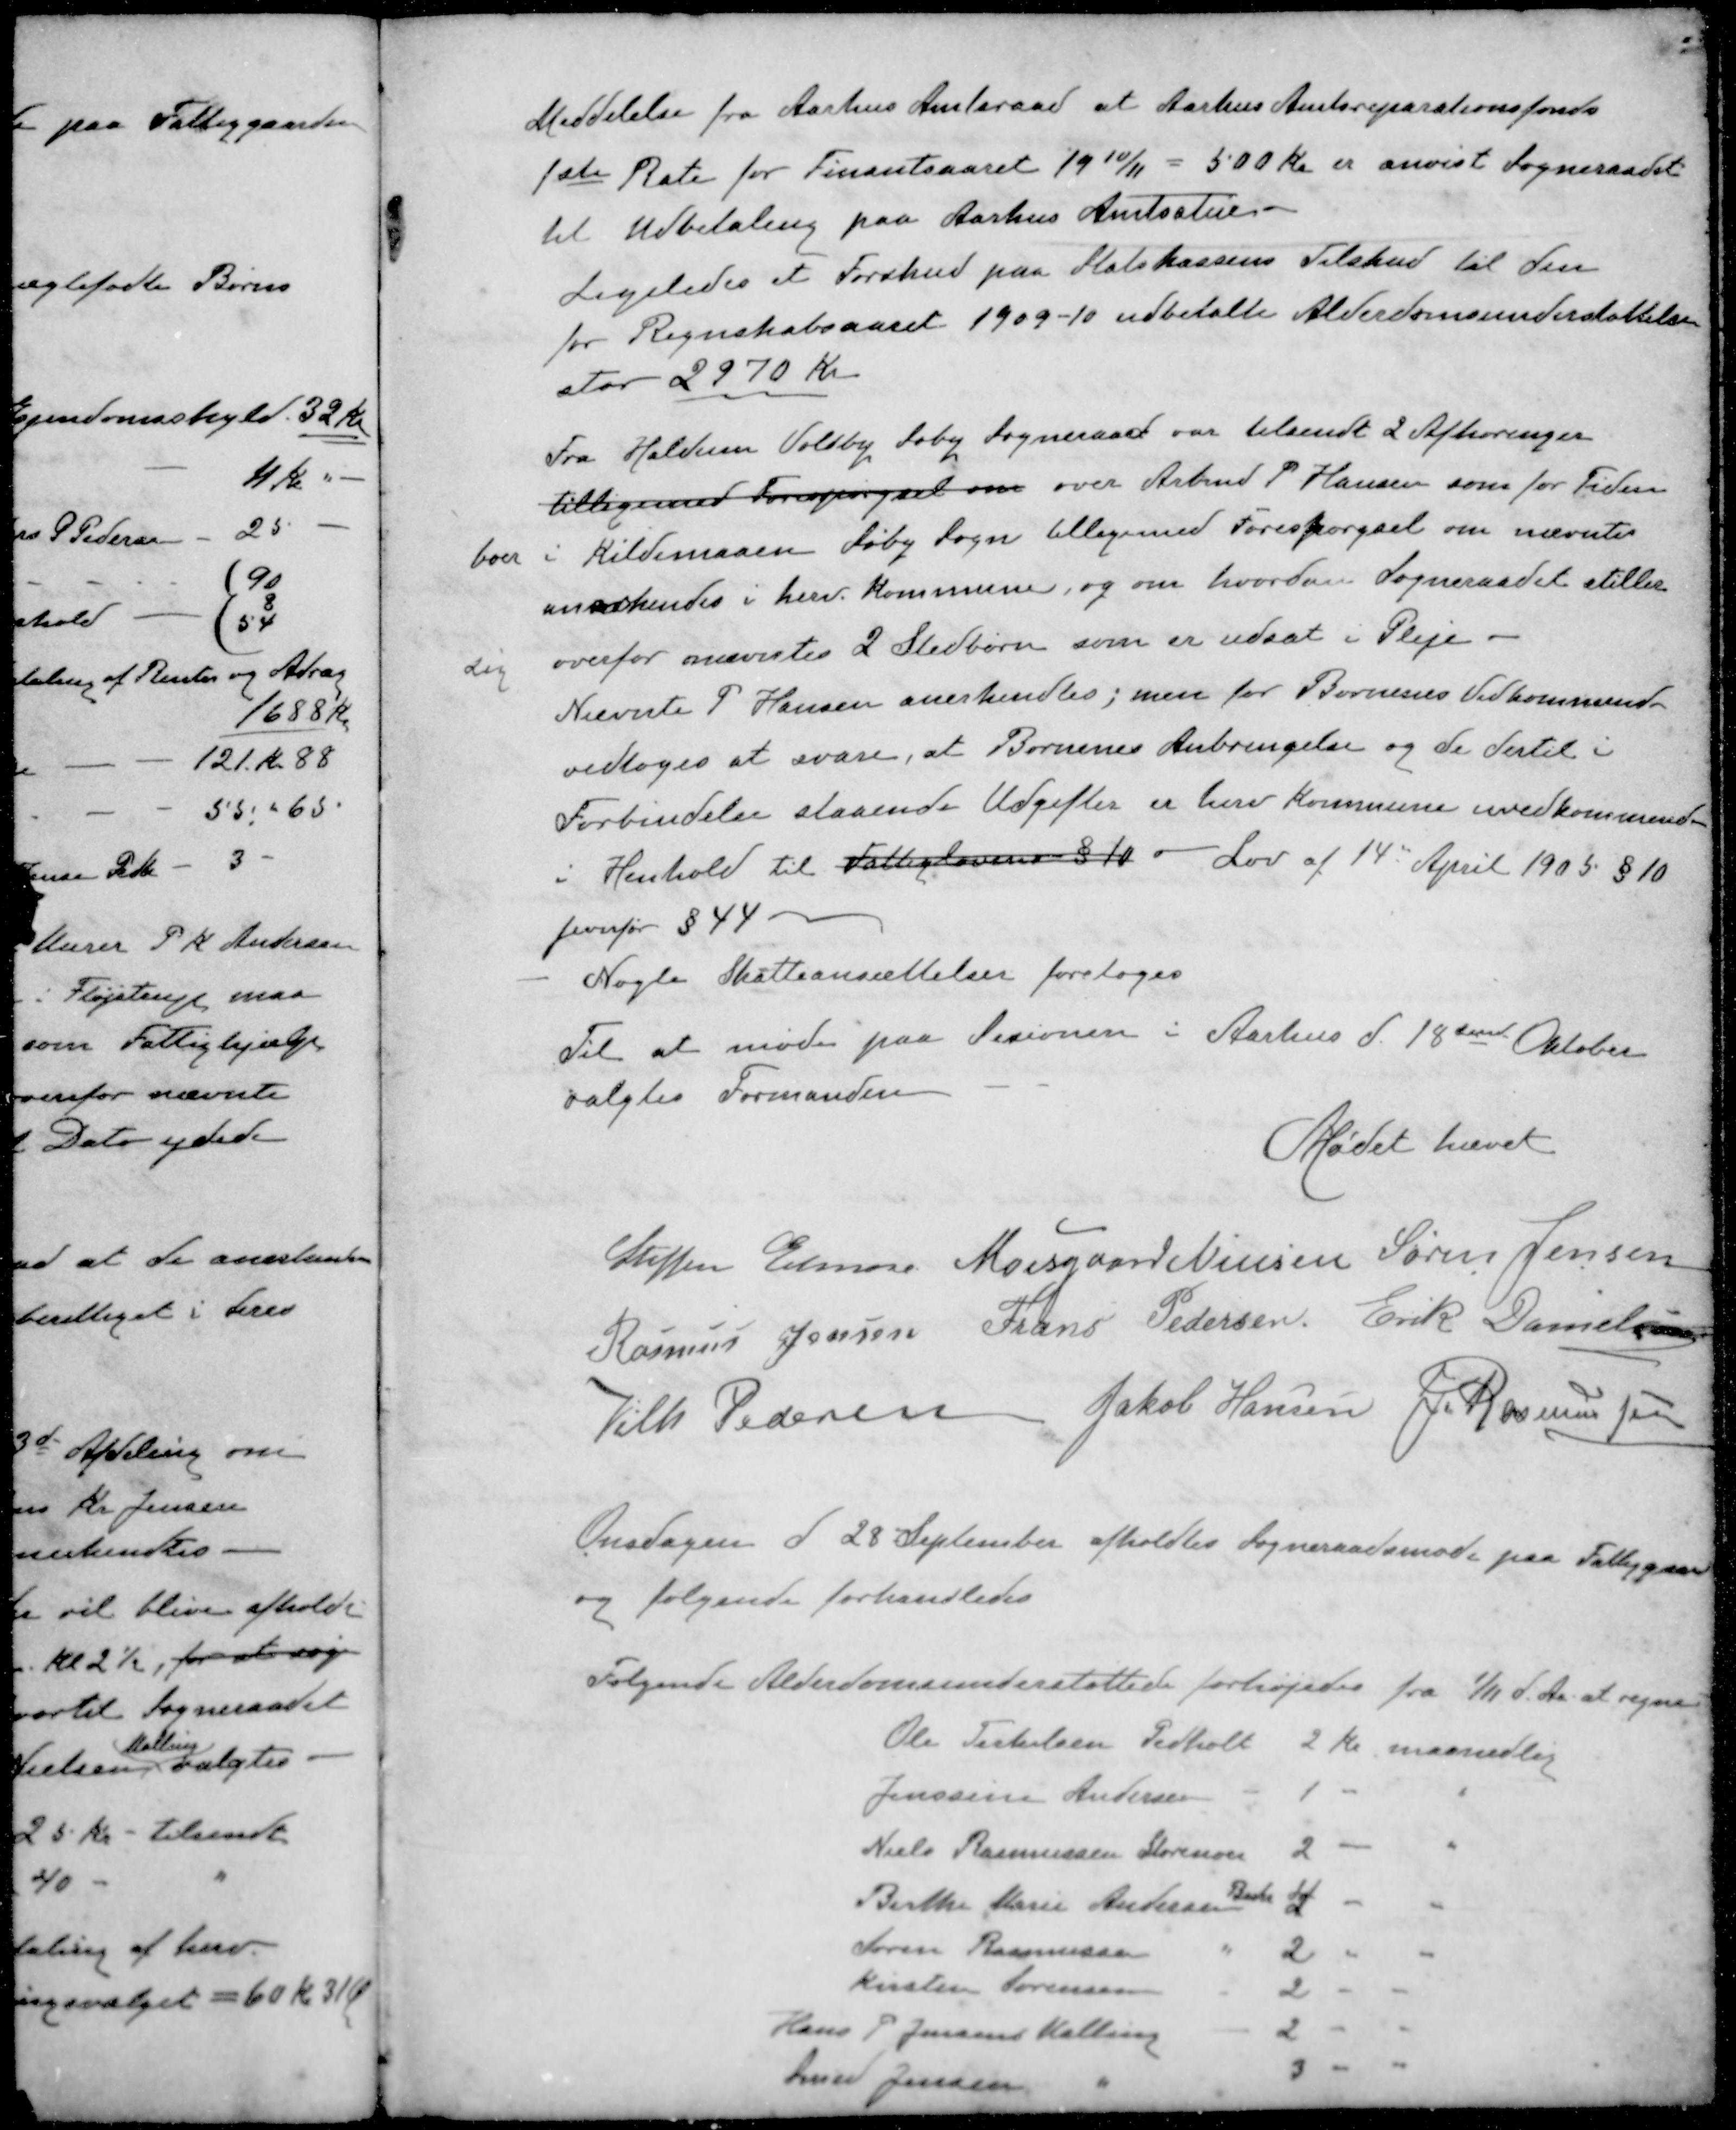
Transskription:
Meddelelse fra Aarhus Amtsraad at Aarhus Amtsreparationsfonds
1ste Rate for Finantsaaret 1910/11 = 500 Kr er anvist Sogneraadet
til Udbetaling paa Aarhus Amtsstue.
Ligeledes et Forskud paa Statskassens Tilskud til den
for Regnskabsaaret 1909-10 udbetalte Alderdomsunderstøttelse
stor 2970 Kr
Fra Haldum Voldby Søby Sogneraad var tilsendt 2 Afhøringer
tilligemed Forespørgsel om over Arbmd P Hansen som for Tiden
boer i Kildemaaen Søby Sogn tilligemed Forespørgsel om nævnte
anerkendes i herv. Kommune, og om hvordan Sogneraadet stiller
sig overfor nævntes 2 Stedbørn som er udsat i Pleje
Nævnte P Hansen anerkendtes; men for Børnenes Vedkommende
vedtoges at svare, at Børnenes Anbringelse og de dertil i
Forbindelse staaende Udgifter er herv Kommune uvedkommende
i Henhold til Fattiglovens § 10 - Lov af 14de April 1905 § 10
jevnfør § 44
Nogle Skatteansættelser foretoges
Til at møde paa Sesionen i Aarhus d. 18de Oktober
valgtes Formanden
Mødet hævet
Steffen Elmose
Moesgaard Nielsen
Søren Jensen
Rasmus Jensen
Frans Pedersen
Erik Danielsen
Vilh. Pedersen
Jakob Hansen
J Rasmussen
Onsdagen d 28 September afholdtes Sogneraadsmøde paa Fattiggaard
og følgende forhandledes
Følgende Alderdomsunderstøttede forhøjedes fra 1/11 d. Aa at regne
Ole Terkelsen Pedholt 2 Kr maanedlig
Jenssine Andersen - 1 " "
Niels Rasmussen Storenor 2 - "
Birthe Marie Andersen Beder 4 - "
Søren Rasmussen " 2 " "
Kirsten Sørensen 2 - "
Hans P Jensens Malling 2 " " 
Smed Jensen " 3 " "